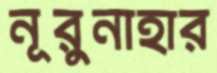
নূরুনাহার